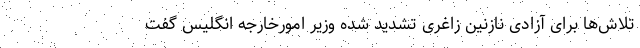
تلاش‌ها برای آزادی نازنین زاغری تشدید شده وزیر امورخارجه انگلیس گفت